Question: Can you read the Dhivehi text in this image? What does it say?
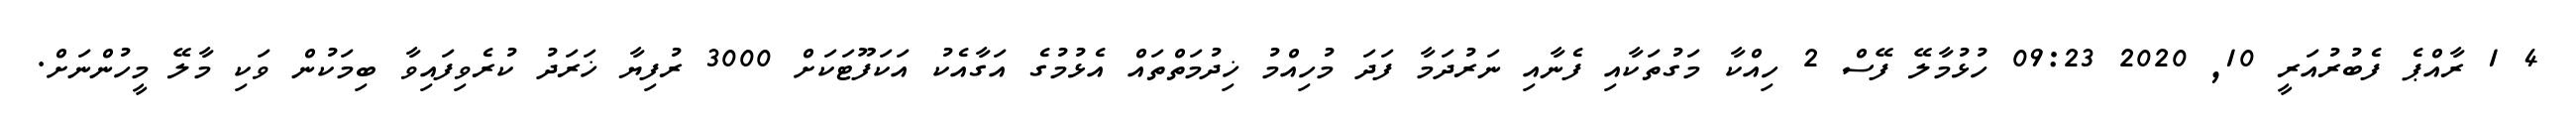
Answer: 4 1 ރާއްޕެ ފެބުރުއަރީ 10, 2020 09:23 ހުޅުމާލޭ ފޭސް 2 ހިއްކާ މަގުތަކާއި ފެނާއި ނަރުދަމާ ފަދަ މުހިއްމު ޚިދުމަތްތައް އެޅުމުގެ އަގާއެކު އަކަފޫޓަކަށް 3000 ރުފިޔާ ޚަރަދު ކުރެވިފައިވާ ބިމަކުން ވަކި މާލޭ މީހުންނަށް.